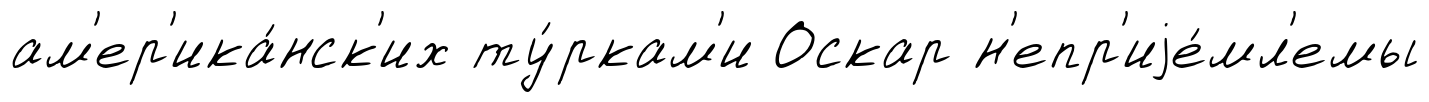
ам'ер'ика́нск'их ту́ркам'и Оскар н'епр'иjе́мл'емы